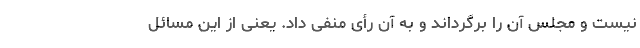
نیست و مجلس آن را برگرداند و به آن رأی منفی داد. یعنی از این مسائل